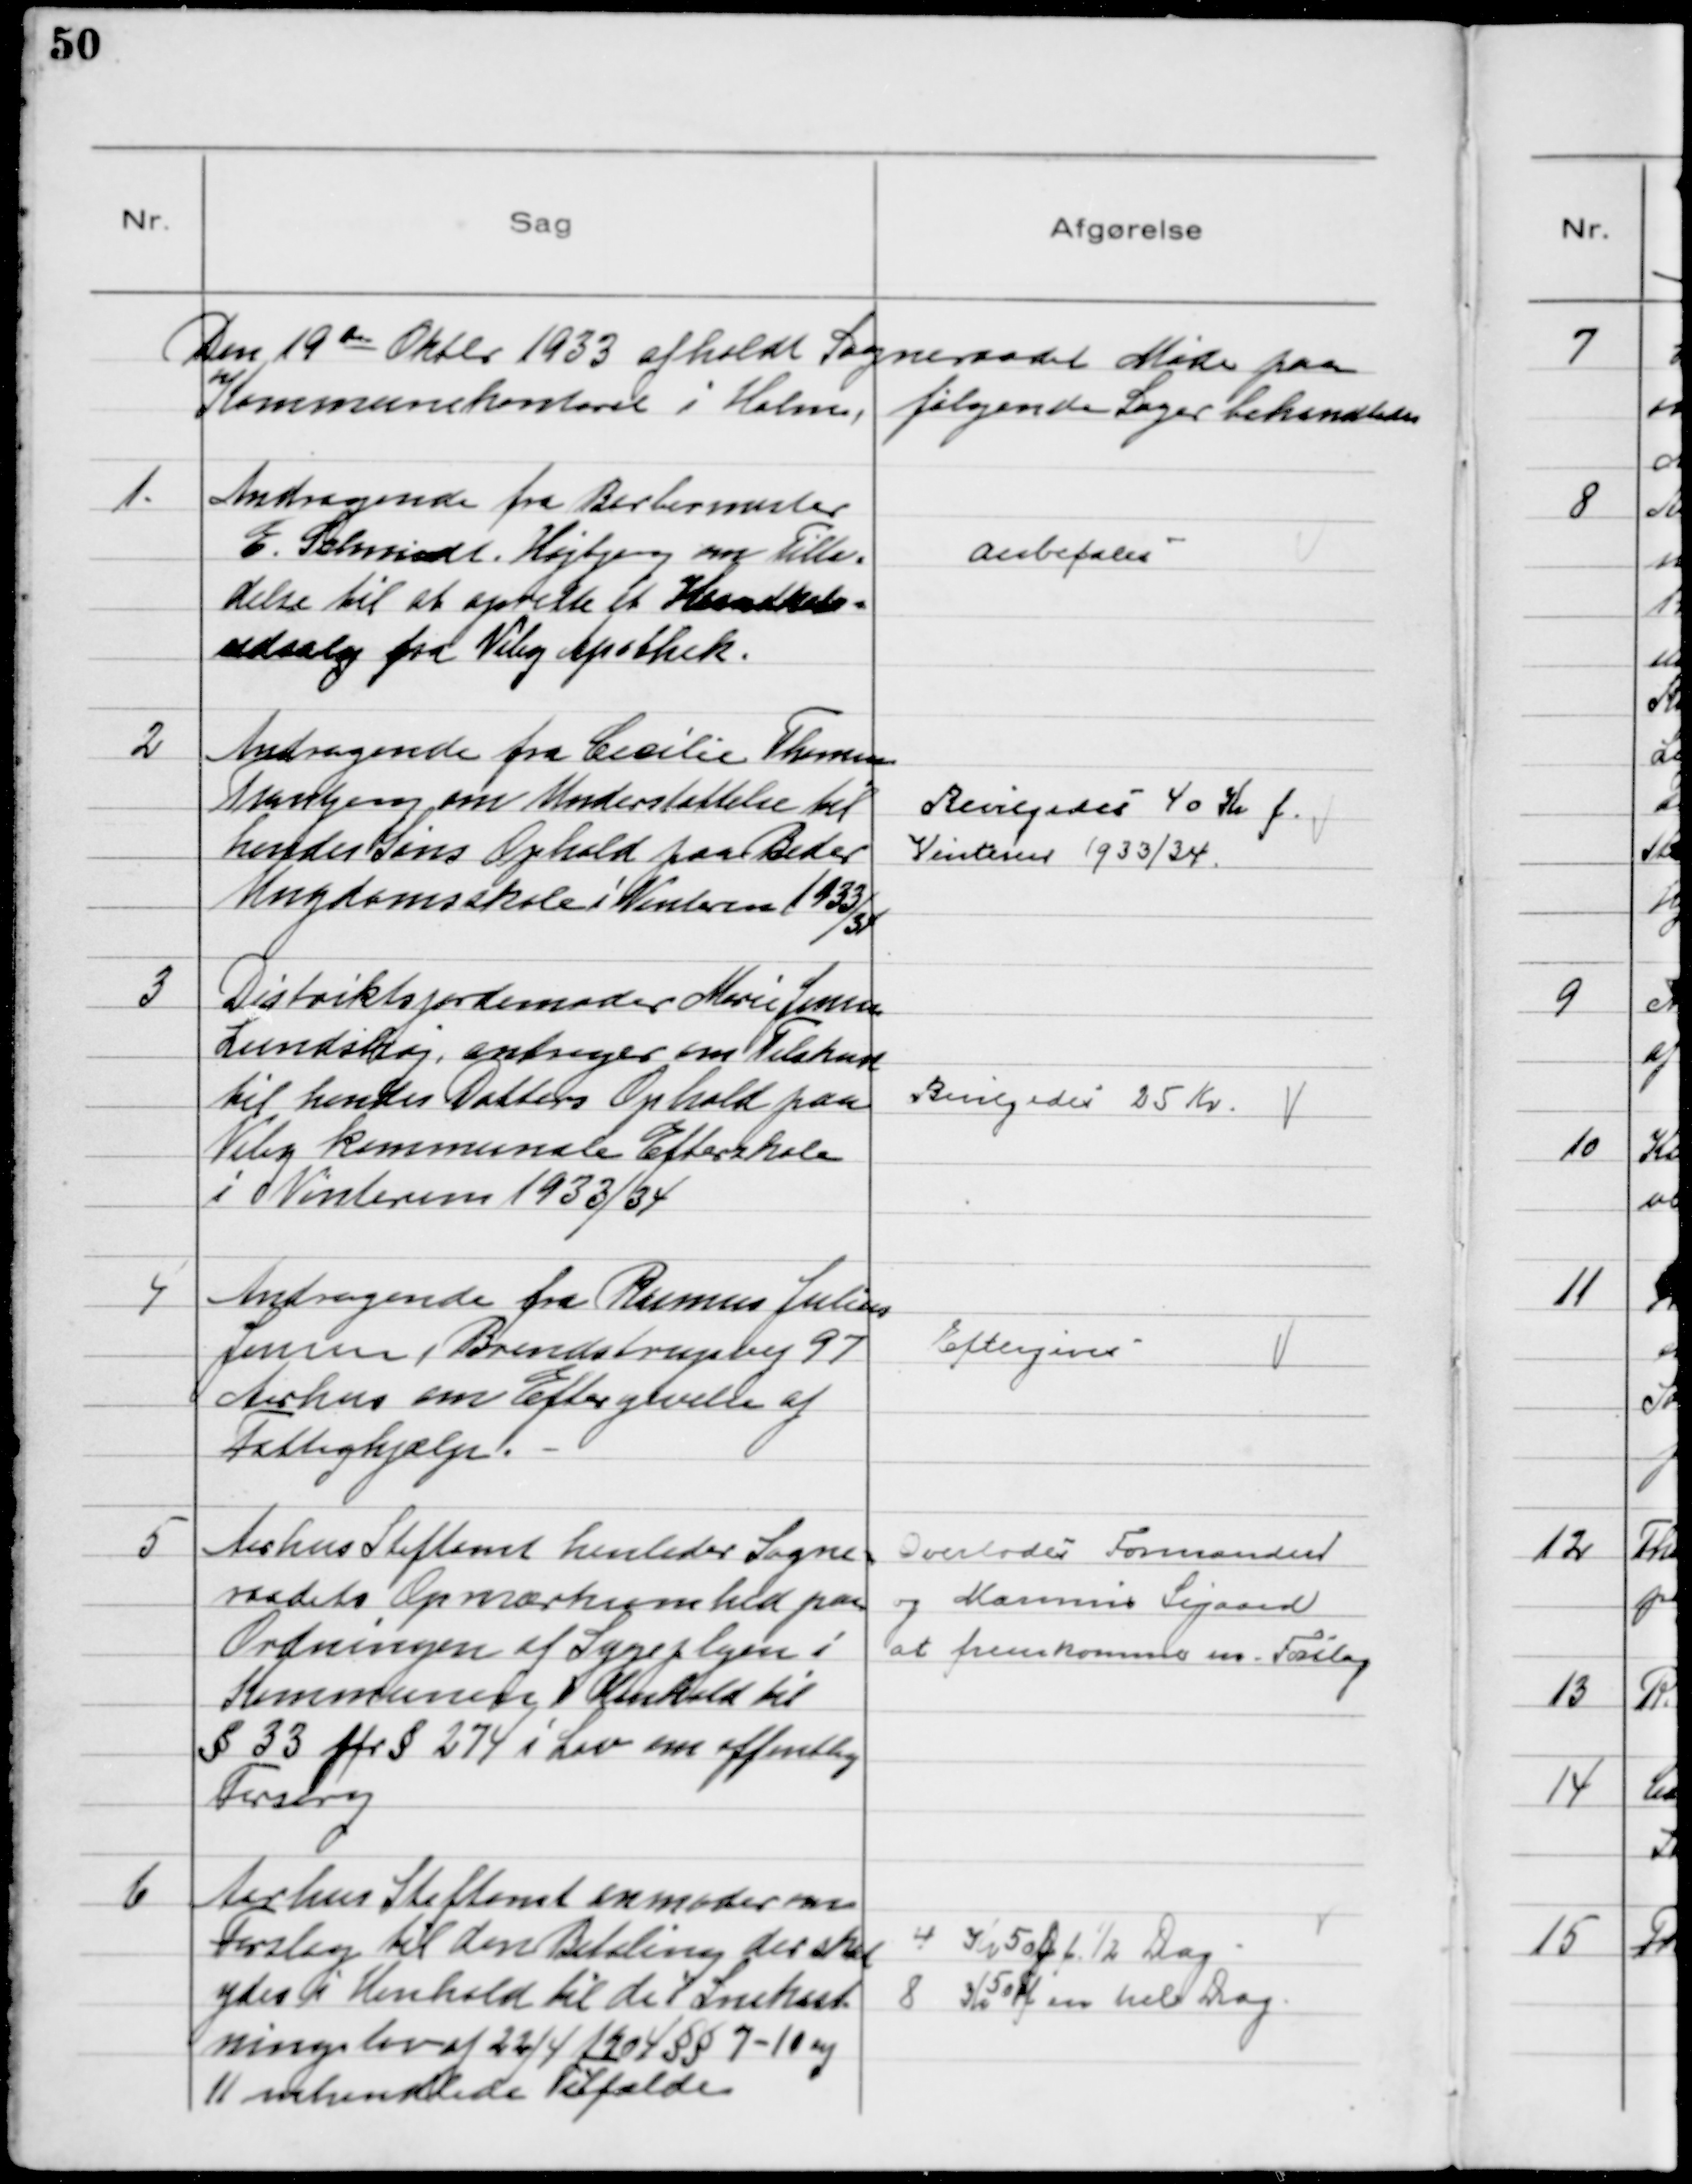
Transskription:
Den 19de Oktbr 1933 afholdt Sogneraadet Møde paa
Kommunekontoret i Holme, følgende Sager behandledes

1.
Andragende fra Barbermester
E. Schmidt, Højbjerg om Tilla-
delse til at oprette et Haandkøbs-
udsalg fra Viby Apothek.

Anbefales

2
Andragende fra Cecilie Thomsen
Tranbjerg, om Understøttelse til
hendes Søns Ophold paa Beder
Ungdomsskole i Vinteren 1933/34

Bevilgedes 40 Kr f.
Vinteren 1933/34.

3
Distriktsjordemoder Marie Jensen
Lundshøj, andrager om Tilskud
til hendes Datters Ophold paa
Viby kommunale Efterskole
i Vinteren 1933/34

Bevilgedes 25 Kr.

4
Andragende fra Rasmus Julius
Jensen, Brendstrupvej 97
Aarhus om Eftergivelse af
Fattighjælp.

Eftergives

5
Aarhus Stiftamt henleder Sogne-
raadets Opmærksomhed paa
Ordningen af Sygeplejen i
Kommunen i Henhold til
§ 33 før § 274 i Lov om offentlig
Forsorg

Overlodes Formanden
og Marinus Sigaard
at fremkomme m. Forslag

6
Aarhus Stiftamt anmoder om
Forslag til den Betaling der skal
ydes i Henhold til den Snekast
ningslov af 22/4 1904 §§ 7-10 og
11 omhandlede Tilfælde.

4 Kr 50 Ø f. ½ Dag
8 Kr 50 Ø f en hel Dag